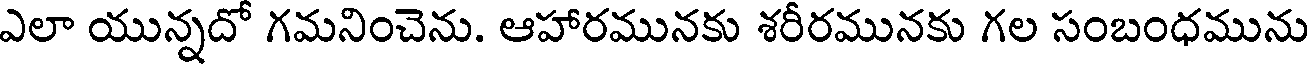
ఎలా యున్నదో గమనించెను. ఆహారమునకు శరీరమునకు గల సంబంధమును